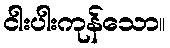
ငါးပါးကုန်သော။